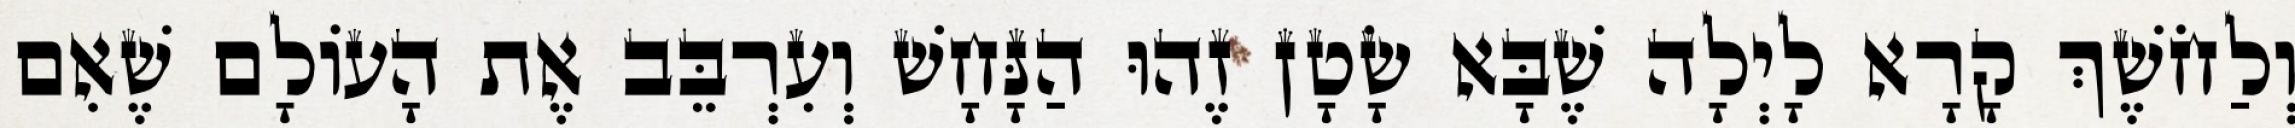
וְלַחֹשֶׁךְ קָרָא לָיְלָה שֶׁבָּא שָׂטָן זֶהוּ הַנָּחָשׁ וְעִרְבֵּב אֶת הָעוֹלָם שֶׁאִם